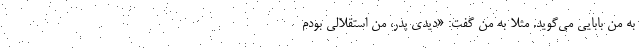
به من بابایی می‌گوید. مثلا به من گفت: «دیدی پدر، من استقلالی بودم